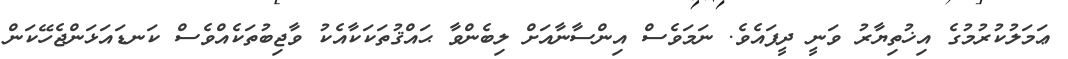
ޢަމަލުކުރުމުގެ އިޚުތިޔާރު ވަނީ ދީފައެވެ. ނަމަވެސް އިންސާނާއަށް ލިބެންވާ ޙައްޤުތަކަކާއެކު ވާޖިބުތަކެއްވެސް ކަނޑައަޅަންޖެހޭކަން